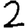
Digit: 2